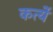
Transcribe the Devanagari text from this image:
कर्त्ये